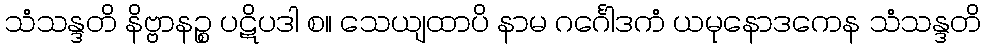
သံသန္ဒတိ နိဗ္ဗာနဉ္စ ပဋိပဒါ စ။ သေယျထာပိ နာမ ဂင်္ဂေါဒကံ ယမုနောဒကေန သံသန္ဒတိ